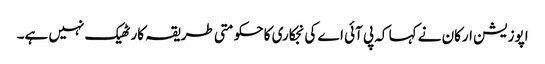
اپوزیشن ارکان نے کہا کہ پی آئی اے کی نجکاری کا حکومتی طریقہ کار ٹھیک نہیں ہے۔